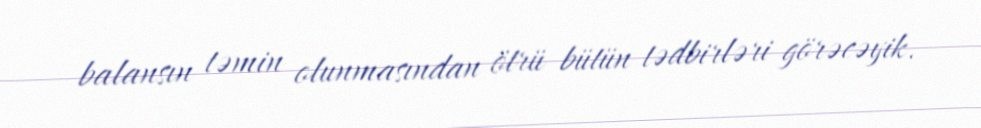
balansın təmin olunmasından ötrü bütün tədbirləri görəcəyik.